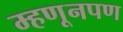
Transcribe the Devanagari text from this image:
म्हणूनपण